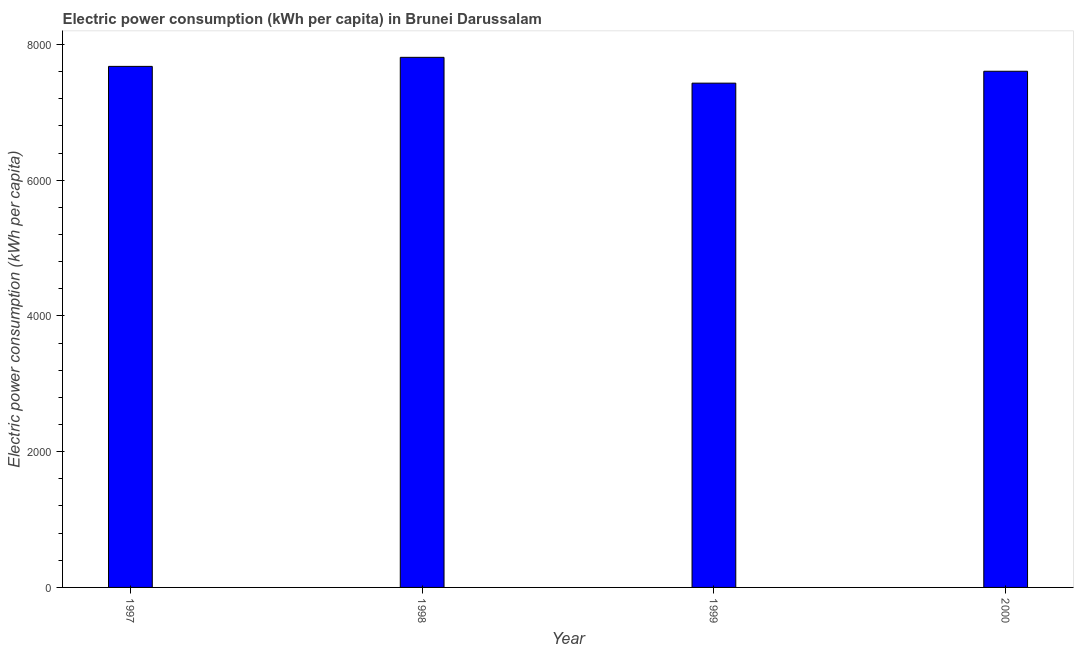
| Year | Electric power consumption |
 | --- | --- |
 | 1997 | 7.68e+03 |
 | 1998 | 7.81e+03 |
 | 1999 | 7.43e+03 |
 | 2000 | 7.61e+03 |